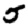
Digit: 5